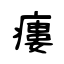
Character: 瘻